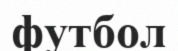
футбол